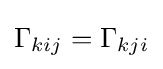
\Gamma _{kij}=\Gamma _{kji}